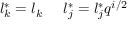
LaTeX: l _ { k } ^ { \ast } = l _ { k } \; \; \; \; \; l _ { j } ^ { \ast } = l _ { j } ^ { \ast } q ^ { i / 2 }